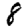
Digit: 8